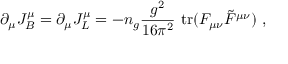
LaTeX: \partial _ { \mu } J _ { B } ^ { \mu } = \partial _ { \mu } J _ { L } ^ { \mu } = - n _ { g } \frac { g ^ { 2 } } { 1 6 \pi ^ { 2 } } ~ \mathrm { { t r } } ( F _ { \mu \nu } \tilde { F } ^ { \mu \nu } ) ~ ,